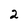
Character: 2